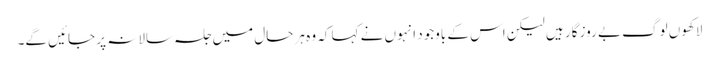
لاکھوں لوگ بے روز گار ہیں لیکن اس کے باوجود انہوں نے کہا کہ وہ ہر حال میں جلسہ سالانہ پر جائیں گے۔